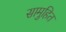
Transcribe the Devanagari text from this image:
सामुहित